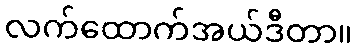
လက်ထောက်အယ်ဒီတာ။